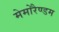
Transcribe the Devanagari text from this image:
मेमोरैण्डम